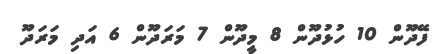
ފޭދޫން 10 ހުޅުދޫން 8 މީދޫން 7 މަރަދޫން 6 އަދި މަރަދޫ